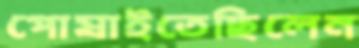
পোষাইতেছিলেন